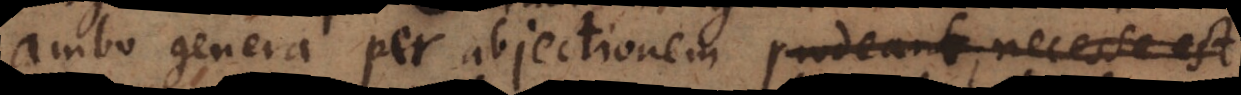
ambo genera per abjectionem prodeant, necesse est